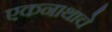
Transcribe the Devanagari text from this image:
एकनाथाचे